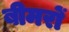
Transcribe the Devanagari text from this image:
बीमरों